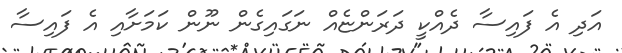
އަދި އެ ފައިސާ ދެއްކީ ދަރަންޏެއް ނަގައިގެން ނޫން ކަމަށާއި އެ ފައިސާ